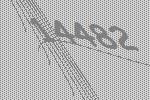
14482